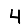
Digit: 4